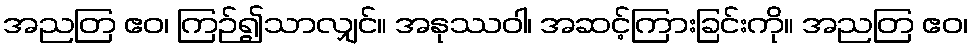
အညတြ ဧဝ၊ ကြဉ်၍သာလျှင်။ အနုဿဝါ၊ အဆင့်ကြားခြင်းကို။ အညတြ ဧဝ၊